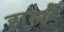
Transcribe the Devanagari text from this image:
हास्यें